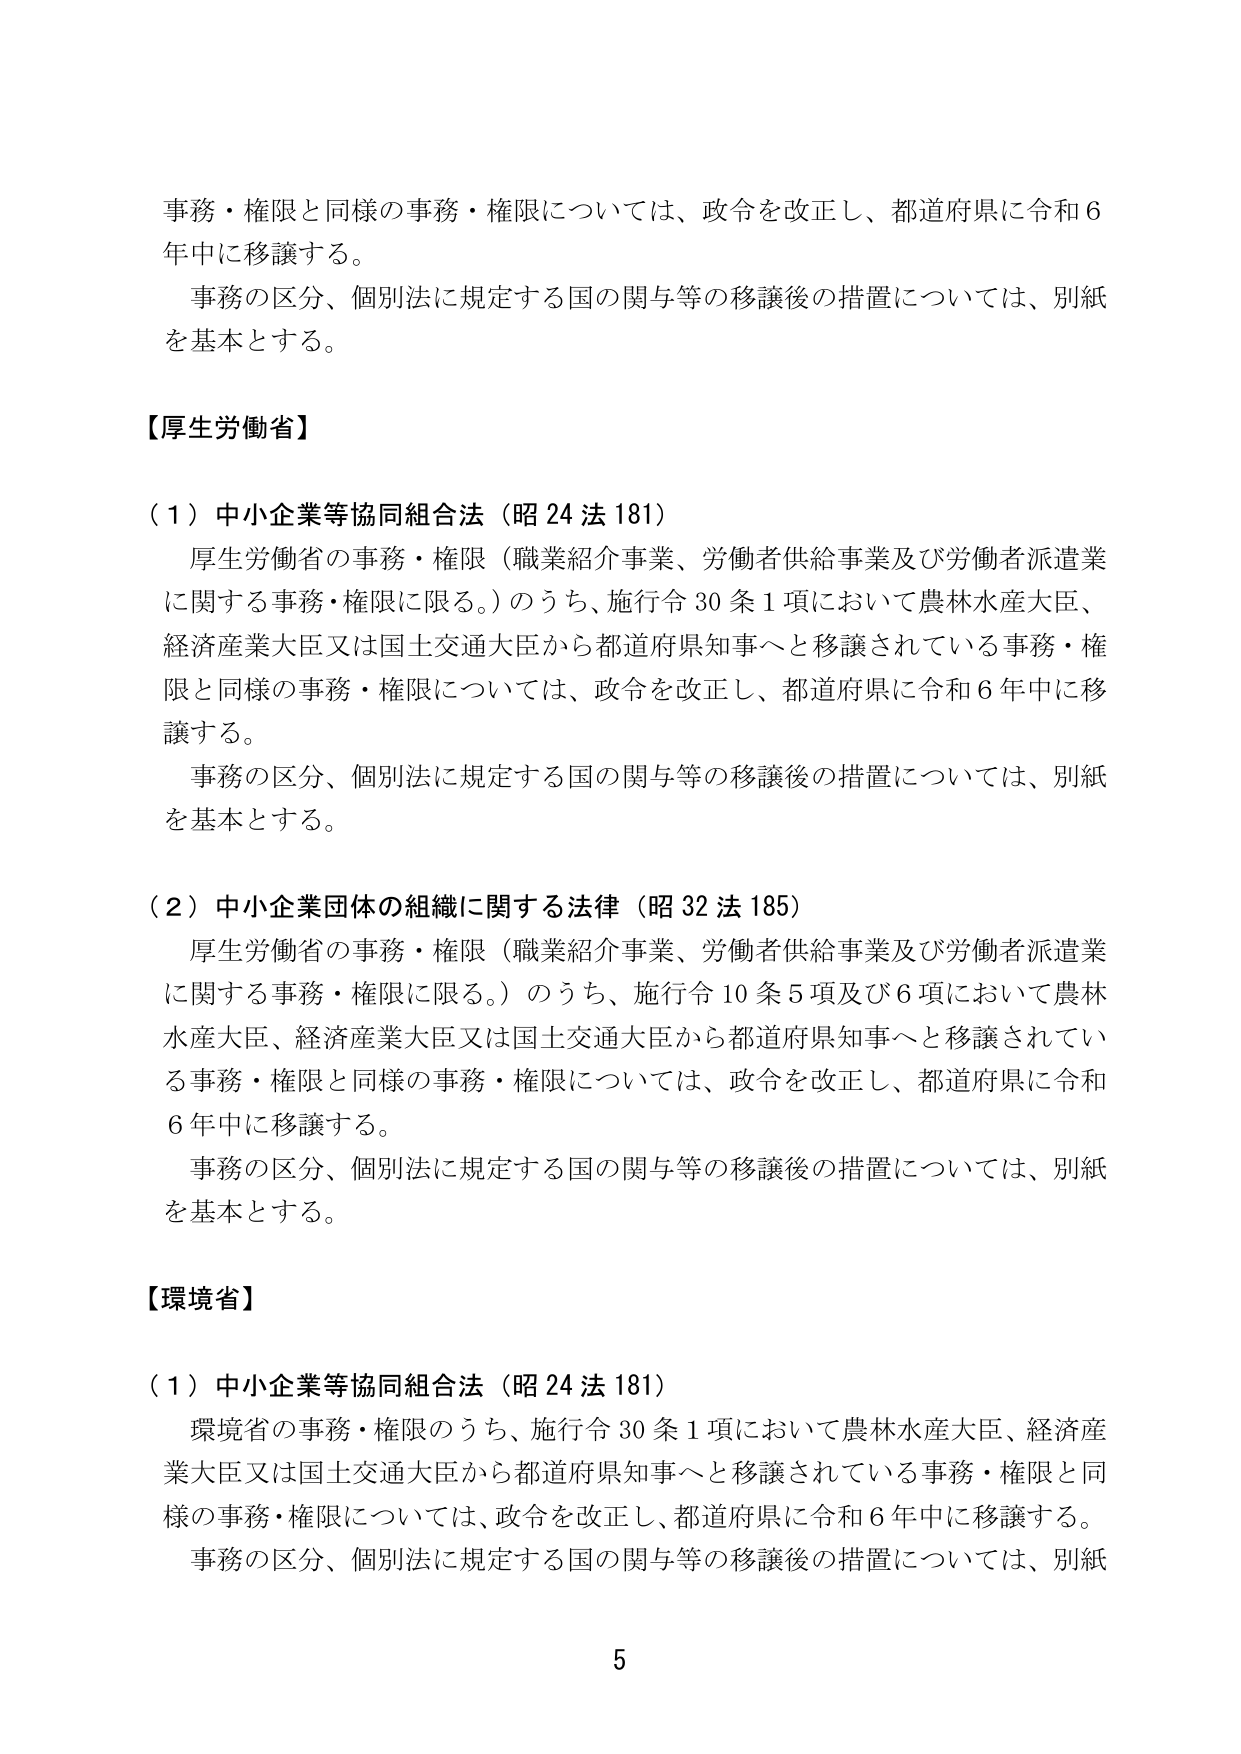
事務・権限と同様の事務・権限については、政令を改正し、都道府県に令和６年中に移譲する。
事務の区分、個別法に規定する国の関与等の移譲後の措置については、別紙を基本とする。

【厚生労働省】

（１）中小企業等協同組合法（昭24法181）
厚生労働省の事務・権限（職業紹介事業、労働者供給事業及び労働者派遣業に関する事務・権限に限る。）のうち、施行令30条1項において農林水産大臣、経済産業大臣又は国土交通大臣から都道府県知事へと移譲されている事務・権限と同様の事務・権限については、政令を改正し、都道府県に令和６年中に移譲する。
事務の区分、個別法に規定する国の関与等の移譲後の措置については、別紙を基本とする。

（２）中小企業団体の組織に関する法律（昭32法185）
厚生労働省の事務・権限（職業紹介事業、労働者供給事業及び労働者派遣業に関する事務・権限に限る。）のうち、施行令10条5項及び6項において農林水産大臣、経済産業大臣又は国土交通大臣から都道府県知事へと移譲されている事務・権限と同様の事務・権限については、政令を改正し、都道府県に令和６年中に移譲する。
事務の区分、個別法に規定する国の関与等の移譲後の措置については、別紙を基本とする。

【環境省】

（１）中小企業等協同組合法（昭24法181）
環境省の事務・権限のうち、施行令30条1項において農林水産大臣、経済産業大臣又は国土交通大臣から都道府県知事へと移譲されている事務・権限と同様の事務・権限については、政令を改正し、都道府県に令和６年中に移譲する。
事務の区分、個別法に規定する国の関与等の移譲後の措置については、別紙

5